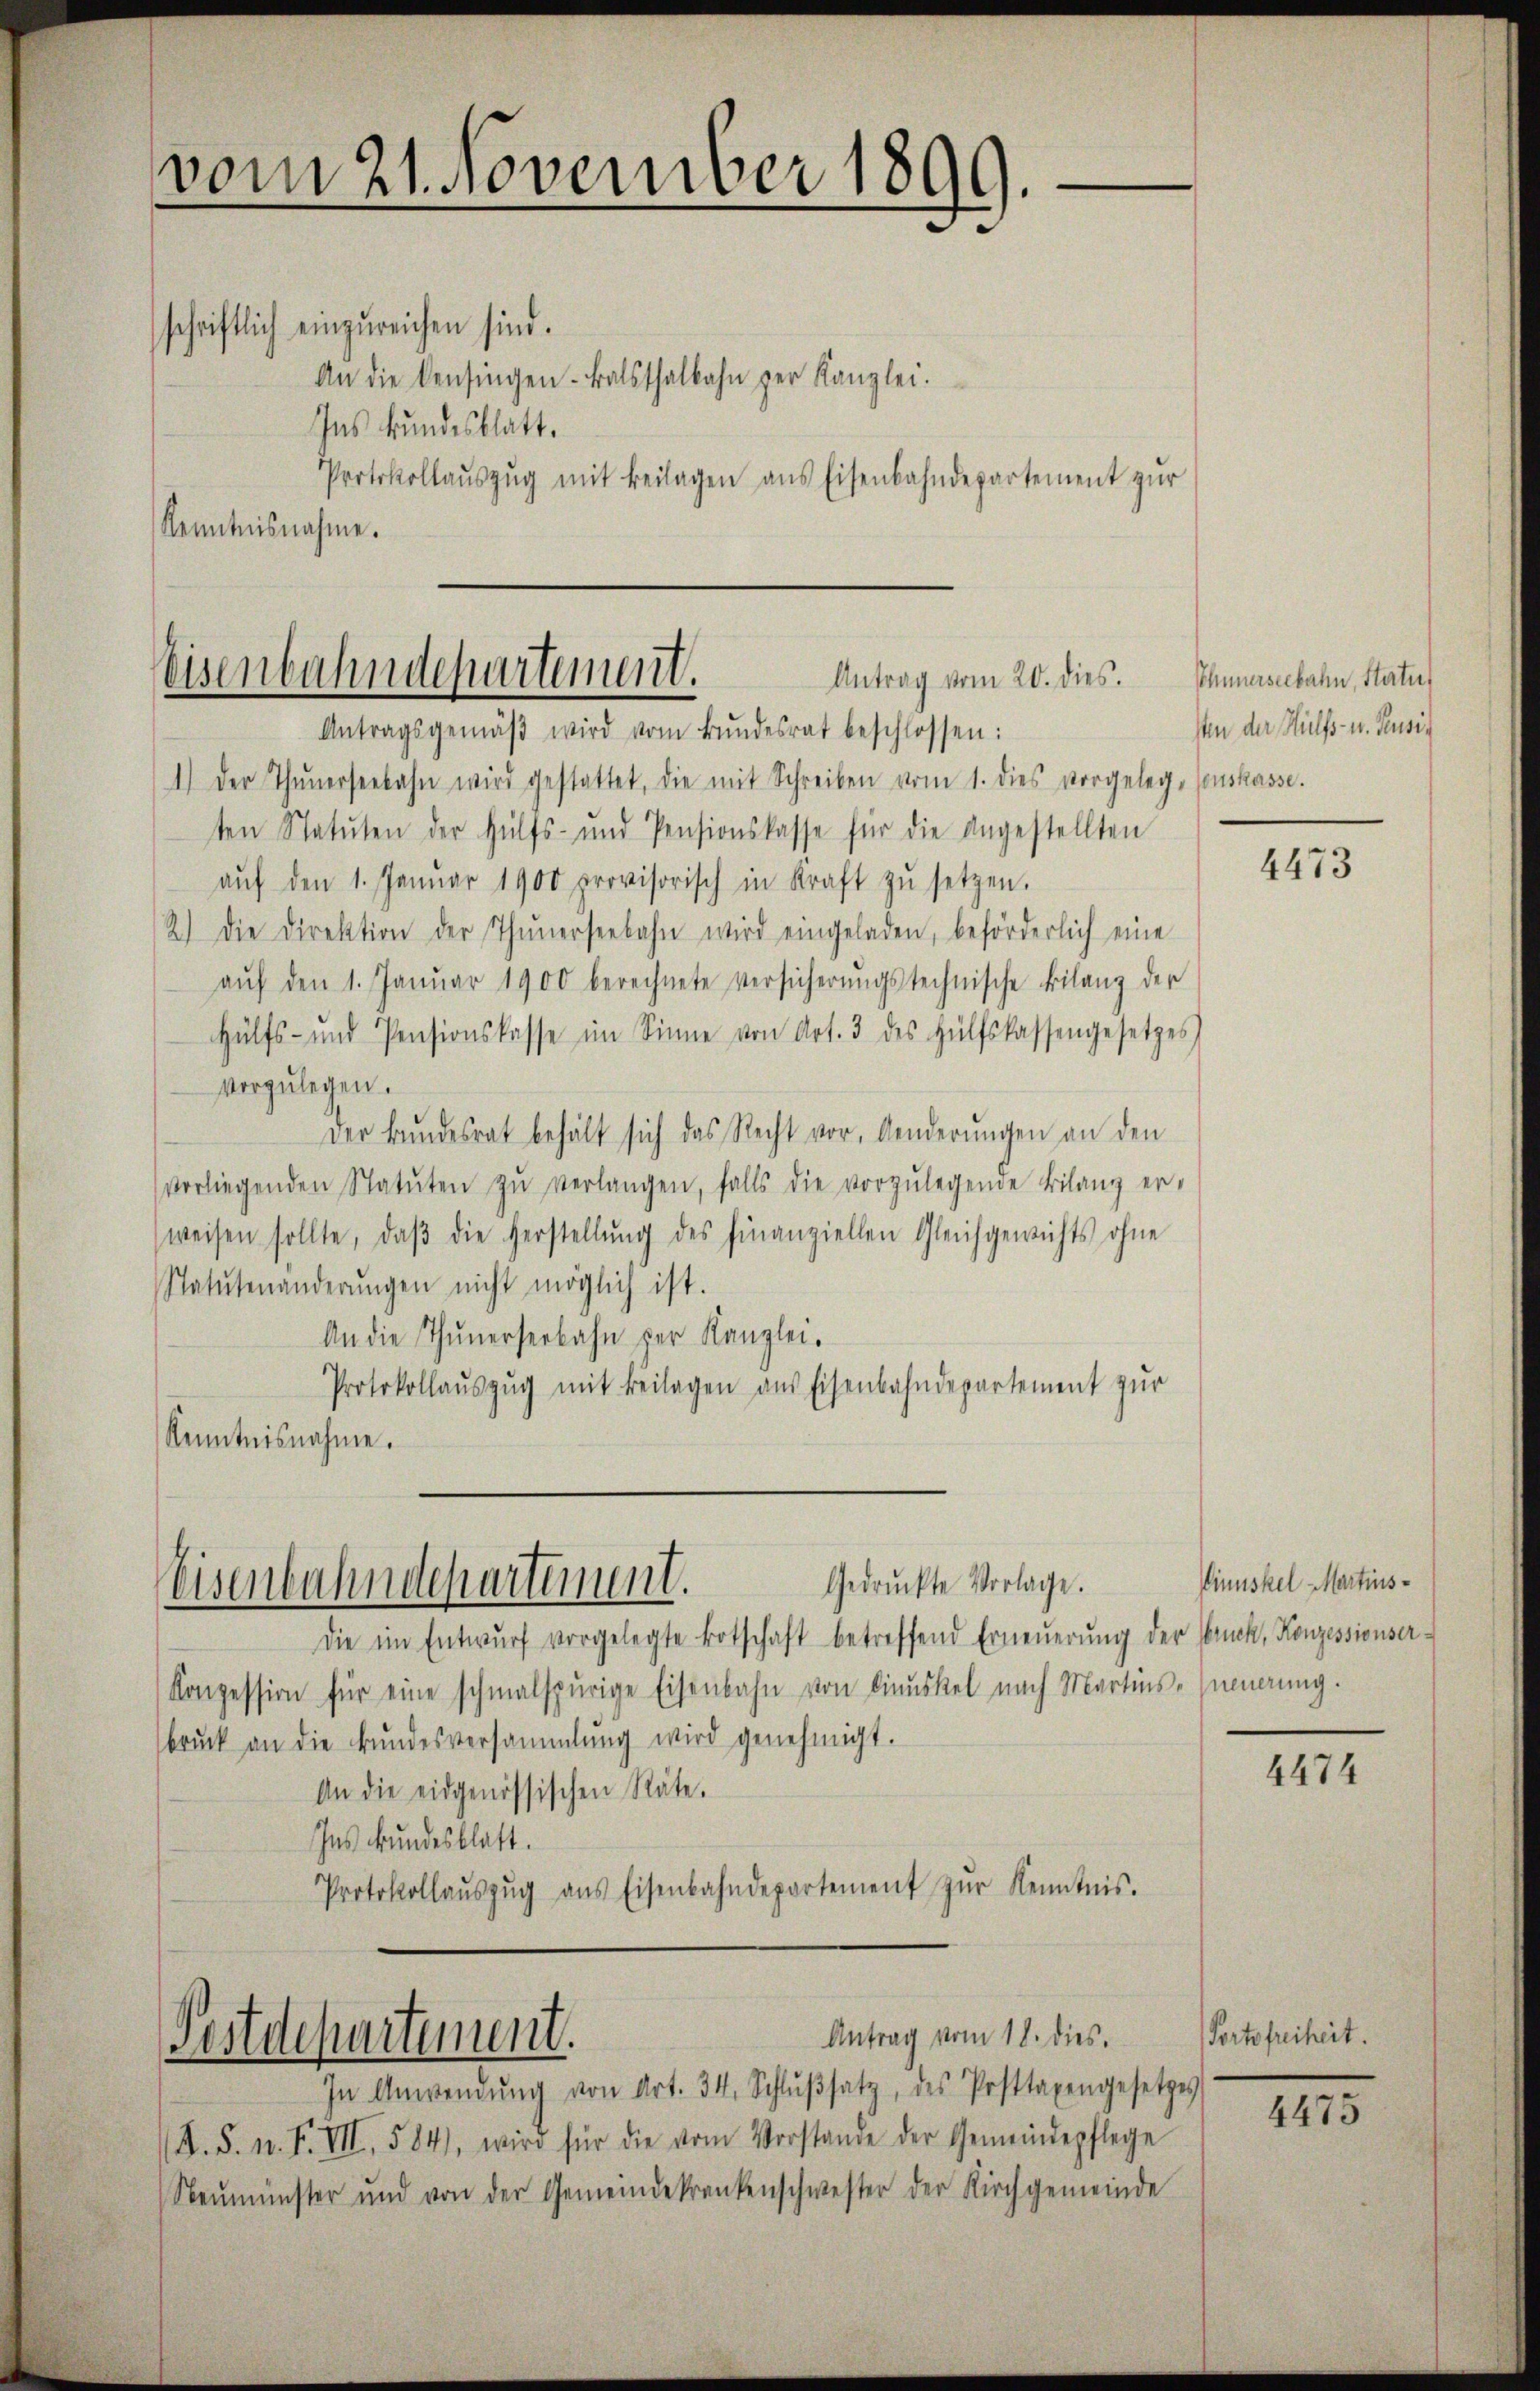
vom 21. November 1890.

schriftlich einzureichen sind.
An die kensingen. Balsthalbahn zur Kanzlei.
Ins Bundesblatt.
Protokollaŭszŭg mit Beilagen ans Eisenbahndepartement zŭr
Kenntnisnahme.

Eisenbahndepartement.
Antrag vom 20. dies.

Antragsgemäβ wird vom Bŭndesrat beschlossen:
1.) Der Thunerseebahn wird gestattet, die mit Schreiben vom 1. dies vorgeleg-Conskasse.
ten Statuten der Hülfs- und Pensionskasse für die angestellten
aŭf den 1. Janŭar 1900 provisorisch in Kraft zŭ setzen.
2.) Die Direktion der Thunerseebahn wird eingeladen, beförderlich eine
aŭf den 1. Januar 1900 berechnete versicherŭngstechnische Bilanz der
Hülfs- und Pensionskasse im Sinne von Art. 3 des Hülfskassengesetzes
vorzulegen.
Der Bundesrat behält sich das Recht vor, Aenderŭngen an den
vorliegenden Statŭten zŭ verlangen, falls die vorzŭlegende Bilanz er-
weisen sollte, daβ die Herstellŭng des Finanziellen Gleichgewichts ohne
Statutenänderŭngen nicht möglich ist.
An die Thunerseebahn zur Kanzlei.
Protokollaŭszŭg mit Beilagen aus Eisenbahndepartement zur
Kenntnisnahme.

Gedruckte Vorlage.
Eisenbahndepartement.

Postdepartement.

Antrag vom 18. dies

Die in Entwŭrf vorgelegte Botschaft betreffend Erneŭerŭng der Bruck, Konzessionser-
Konzession für eine schmalspurige Eisenbahn von Dinuskel nach Martins-Innerung.
brŭck an die Bŭndesversammlung wird genehmigt.
An die eidgenössischen Räte.
Ins Bundesblatt.
Protokollaŭszŭg aŭs Eisenbahndepartement zŭr Kenntnis.

In Anwendŭng von Art. 34. Schlŭβsatz, des Posttaxengesetzes
(A. S. n. F. VII, 584, wird für die vom Vorstande der Gemeindepflege
Neŭmünster und von der Gemeindekrankenschwester der Kirchgemeinde

Ehnnerseebahn, Statu
sten der Hülfs- u. Feusis

4473

Vinuskel Martins¬

4474

Fortsfreiheit.

4475